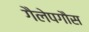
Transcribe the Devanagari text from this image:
गैलेपगौस